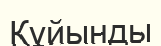
Құйынды